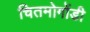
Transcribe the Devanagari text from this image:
चितमोगोंडी